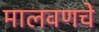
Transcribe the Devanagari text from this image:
मालवणचे